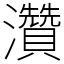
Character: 灒